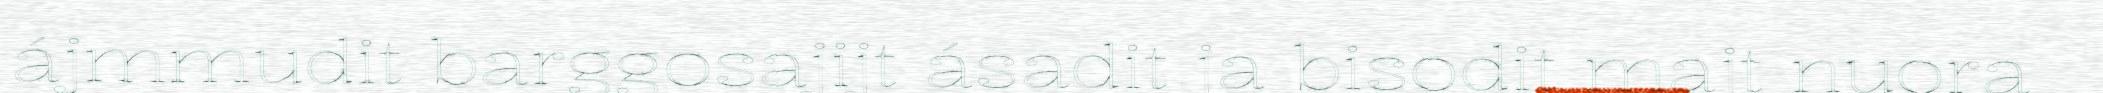
ájmmudit barggosajijt ásadit ja bisodit majt nuora